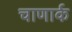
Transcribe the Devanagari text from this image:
चाणार्क